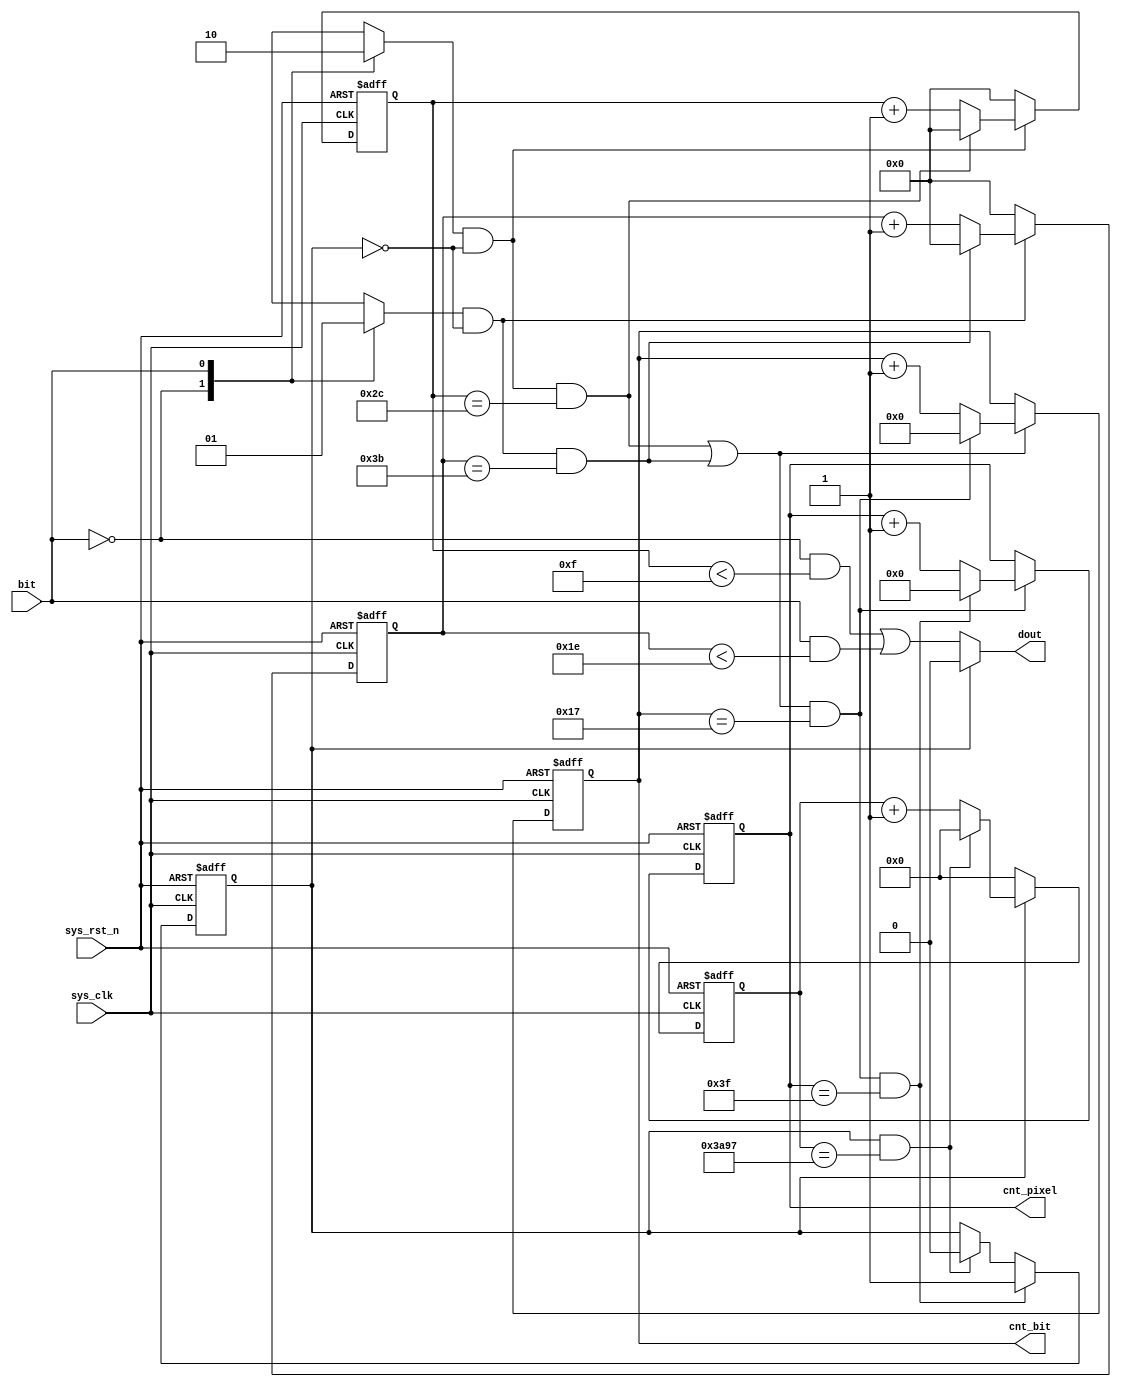
module ws2812_ctrl(
    input   wire        sys_clk     ,
    input   wire        sys_rst_n   ,
    input   wire        bit         ,//01

    output  reg [4: 0]  cnt_bit     ,
    output  reg [6: 0]  cnt_pixel   ,
    output  wire        dout
);
parameter  T0H = 30     ,
           T0L = 15     ,
           T1H = 30     ,
           T1L = 30     ,
           RST = 15000  ;
reg [5: 0]  cnt_0       ;//bit0
wire        add_cnt_0   ;
wire        end_cnt_0   ;

reg [5: 0]  cnt_1       ;//bit1
wire        add_cnt_1   ;
wire        end_cnt_1   ;

//RGB
wire        add_cnt_bit ;
wire        end_cnt_bit ;

//64
wire        add_cnt_pixel;
wire        end_cnt_pixel;

reg [13: 0] cnt_rst     ;//
wire        add_cnt_rst ;
wire        end_cnt_rst ;
reg         flag_0      ;
reg         flag_1      ;
reg         flag_rst    ;
//bit0
always @(posedge sys_clk or negedge sys_rst_n) begin
    if(!sys_rst_n)begin
        cnt_0 <= 0;
    end 
    else if(add_cnt_0)begin
        if(end_cnt_0)begin
            cnt_0 <= 0;
        end 
        else begin
            cnt_0 <= cnt_0 + 1;
        end 
    end
    else begin
        cnt_0 <= 0;
    end 
end
assign add_cnt_0 = flag_0 && flag_rst != 1'b1;
assign end_cnt_0 = add_cnt_0 && (cnt_0 == T0H + T0L -1);
//bit1
always @(posedge sys_clk or negedge sys_rst_n) begin
    if(!sys_rst_n)begin
        cnt_1 <= 0;
    end 
    else if(add_cnt_1)begin
        if(end_cnt_1)begin
            cnt_1 <= 0;
        end 
        else begin
            cnt_1 <= cnt_1 + 1;
        end
    end 
    else begin
        cnt_1 <= 0;
    end 
end
assign add_cnt_1 = flag_1 && flag_rst != 1'b1;
assign end_cnt_1 = add_cnt_1 && (cnt_1 == T1H + T1L -1);
//RGB
always @(posedge sys_clk or negedge sys_rst_n)begin
    if(!sys_rst_n)begin
        cnt_bit <= 0;
    end 
    else if(add_cnt_bit)begin
        if(end_cnt_bit)begin
            cnt_bit <= 0;
        end 
        else begin
            cnt_bit <= cnt_bit + 1;
        end 
    end
    else begin
        cnt_bit <= cnt_bit;
    end 
end 
assign add_cnt_bit = end_cnt_0 || end_cnt_1;
assign end_cnt_bit = add_cnt_bit && (cnt_bit == 5'd23);
//64
always @(posedge sys_clk or negedge sys_rst_n)begin
    if(!sys_rst_n)begin
        cnt_pixel <= 0;
    end 
    else if(add_cnt_pixel)begin
        if(end_cnt_pixel)begin
            cnt_pixel <= 0;
        end 
        else begin
            cnt_pixel <= cnt_pixel + 1;
        end 
    end
    else begin
        cnt_pixel <= cnt_pixel;
    end 
end 
assign add_cnt_pixel = end_cnt_bit;
assign end_cnt_pixel = add_cnt_pixel && (cnt_pixel == 7'd63);
//
always @(posedge sys_clk or negedge sys_rst_n)begin
    if(!sys_rst_n)begin
        cnt_rst <= 0;
    end 
    else if(add_cnt_rst)begin
        if(end_cnt_rst)begin
            cnt_rst <= 0;
        end 
        else begin
            cnt_rst <= cnt_rst + 1;
        end
    end 
    else begin
        cnt_rst <= 0;
    end     
end 
assign add_cnt_rst = flag_rst;
assign end_cnt_rst = add_cnt_rst && (cnt_rst == RST - 1);
//01
always @(*)begin
    case(bit)
        0:  begin
                flag_0 = 1;
                flag_1 = 0;
            end
        1:  begin
                flag_0 = 0;
                flag_1 = 1;
            end 
    endcase
end 
//flag_rst
always @(posedge sys_clk or negedge sys_rst_n)begin
    if(!sys_rst_n)begin
        flag_rst <= 0;
    end 
    else if(end_cnt_pixel)begin
        flag_rst <= 1;
    end 
    else if(end_cnt_rst)begin
        flag_rst <= 0;
    end 
    else begin
        flag_rst <= flag_rst;
    end 
end
assign dout = (flag_rst != 1'b1)? (((bit == 0) && (cnt_0 < T0L)) || ((bit == 1) &&(cnt_1 < T1L))): 1'b0;
endmodule